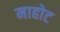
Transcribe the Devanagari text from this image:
माहोट